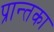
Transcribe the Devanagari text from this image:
प्रान्तका